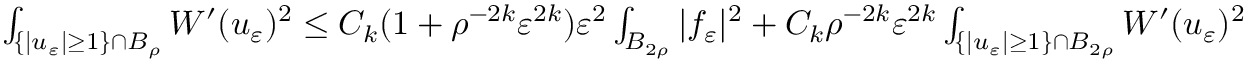
\begin{array} { r } { \int _ { \{ | u _ { \varepsilon } | \geq 1 \} \cap B _ { \rho } } W ^ { \prime } ( u _ { \varepsilon } ) ^ { 2 } \leq C _ { k } ( 1 + \rho ^ { - 2 k } \varepsilon ^ { 2 k } ) \varepsilon ^ { 2 } \int _ { B _ { 2 \rho } } | f _ { \varepsilon } | ^ { 2 } + C _ { k } \rho ^ { - 2 k } \varepsilon ^ { 2 k } \int _ { \{ | u _ { \varepsilon } | \geq 1 \} \cap B _ { 2 \rho } } W ^ { \prime } ( u _ { \varepsilon } ) ^ { 2 } } \end{array}